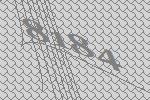
8184